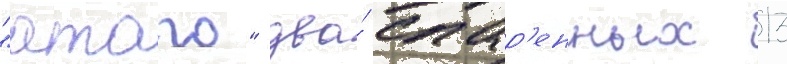
"атаго" два́ спар'енных 13